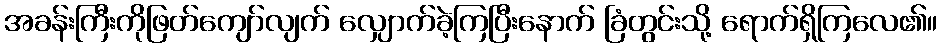
အခန်းကြီးကိုဖြတ်ကျော်လျက် လျှောက်ခဲ့ကြပြီးနောက် ခြံတွင်းသို့ ရောက်ရှိကြလေ၏။